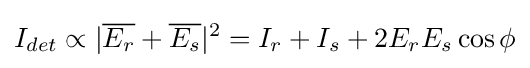
I_{det}\propto |{\overline {E_{r}}}+{\overline {E_{s}}}|^{2}=I_{r}+I_{s}+2E_{r}E_{s}\cos \phi